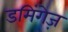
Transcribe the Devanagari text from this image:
डमिंगेज़